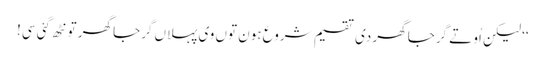
‘‘ لیکن اُو تے گرجا گھر دی تقسیم شروع ہون توں وی پہلاں گرجا گھر تو نٹھ گئی سی!